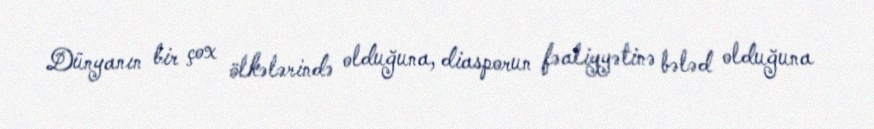
Dünyanın bir çox ölkələrində olduğuna, diasporun fəaliyyətinə bələd olduğuna